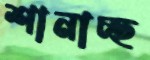
শানাচ্ছ